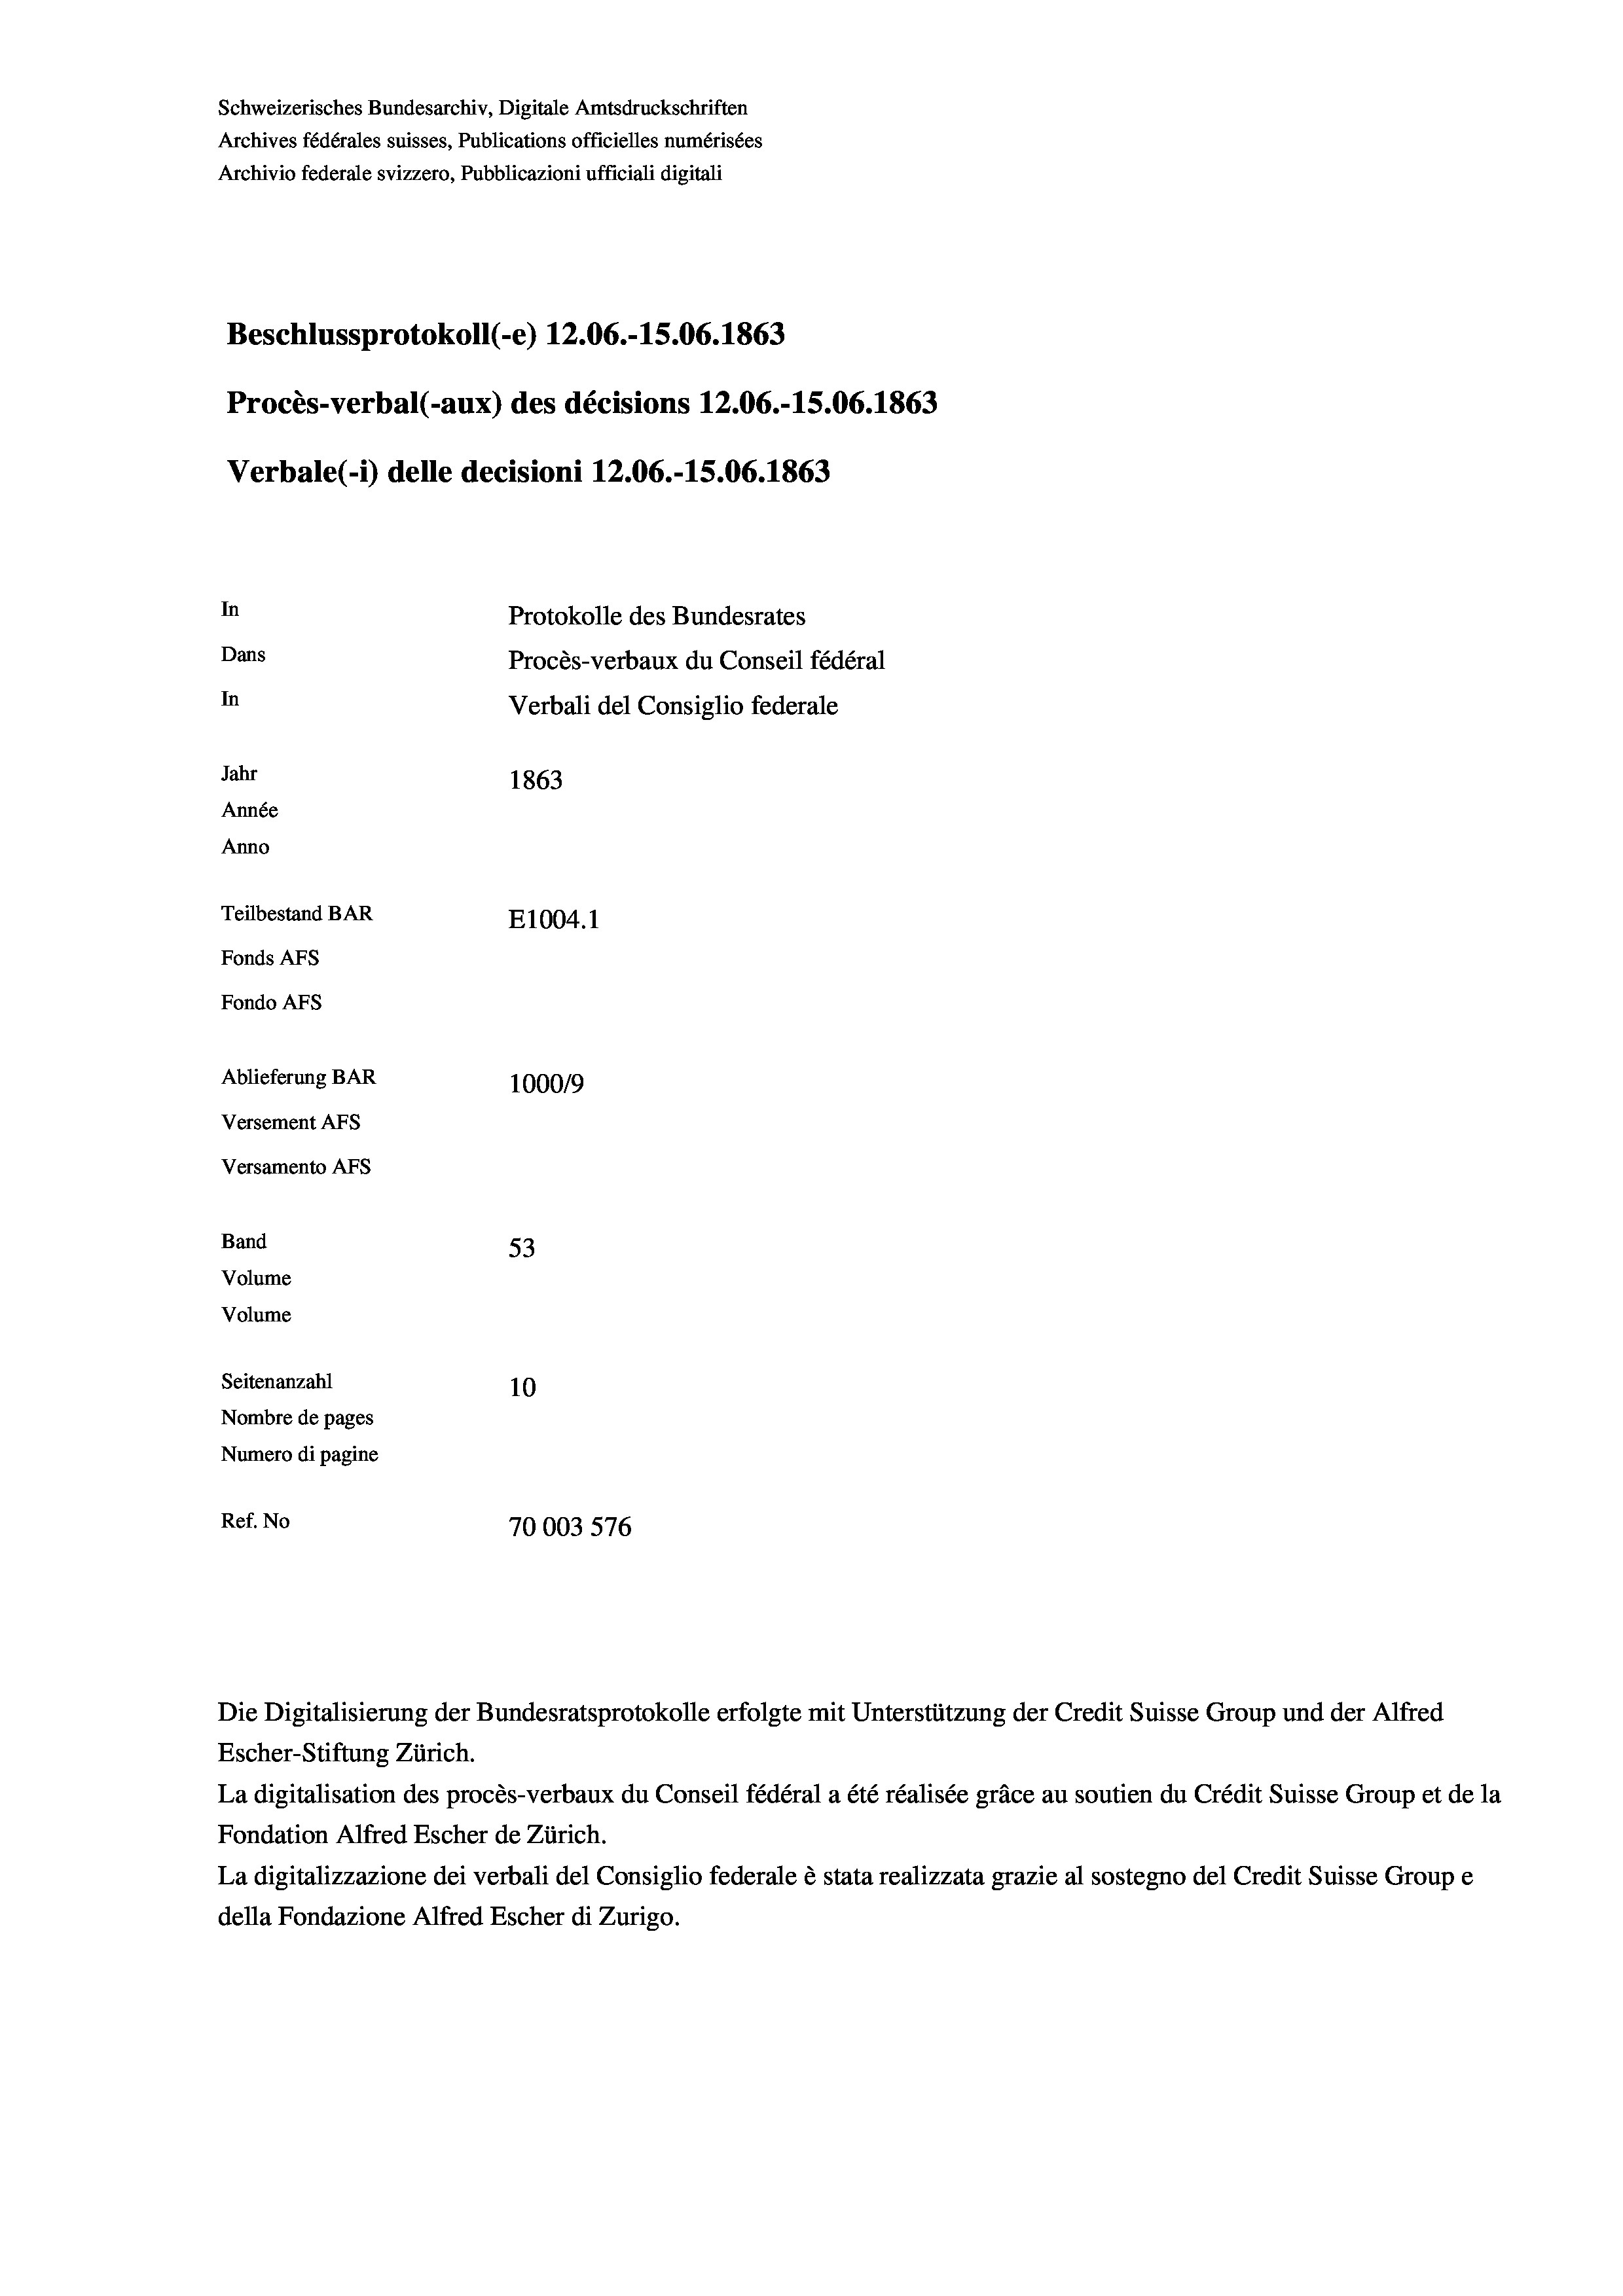
Schweizerisches Bundesarchiv, Digitale Amtsdruckschriften
Archives fédérales suisses, Publications officielles numérisées
Archivio federale svizzero, Pubblicazioni ufficiali digitali
Beschlussprotokoll (-e) 12.06.-15.06. 1863
Procès-verbal (-aux) des décisions 12.06.-15.06. 1863
Verbale(-*) delle decisioni 12.06.-15.06. 1863
In
Protokolle des Bundesrates
Dans
Procès-verbaux du Conseil fédéral
In
Verbali del Consiglio federale
Jahr
1863
Année
Anno
Teilbestand BAR
E1004. 1
Fonds AFs
Fondo AFS
Ablieferung BAR
100019
Versement AFs
Versamento AFs
Band
53
Volume

Volume
Seitenanzahl
10
Nombre de pages
Numero di pagine
Ref. No
70003576

Escher-Stiftung Zürich.
La digitalisation des procès-verbaux du Conseil fédéral a été réalisée gräce au soutien du Crédit Suisse Group et de la
Fondation Alfred Escher de Zürich.
La digitalizzazione dei verbali del Consiglio federale è stata realizzata grazie al sostegno del Credit Suisse Groupe
della Fondazione Alfred Escher di Zurigo.

Die Digitalisierung der Bundesratsprotokolle erfolgte mit Unterstützung der Credit Suisse Group und der Alfred